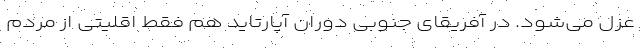
عزل می‌شود. در آفریقای جنوبیِ دوران آپارتاید هم فقط اقلیتی از مردم